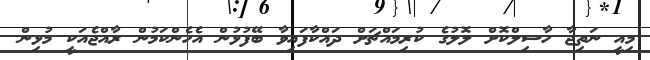
މިއީ ނަތިޖާ ހާސިލްކޮށް ލޮލުގެ ކުރިމައްޗަށް ދައްކާފައިވާ ބޭފުޅުން އެހެންކަމުން ރާއްޖެއަކީ މުޅިން